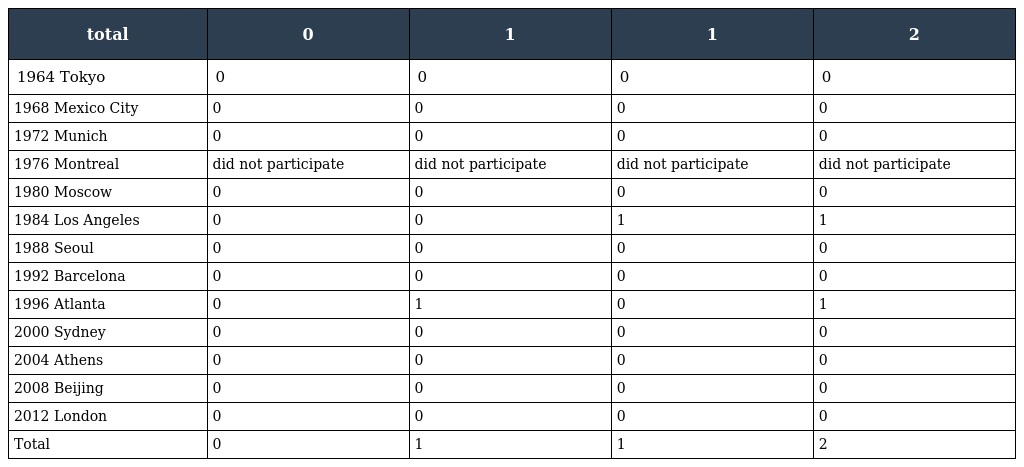
| total | 0 | 1 | 1 | 2 |
 | --- | --- | --- | --- | --- |
 | 1964 Tokyo | 0 | 0 | 0 | 0 |
 | 1968 Mexico City | 0 | 0 | 0 | 0 |
 | 1972 Munich | 0 | 0 | 0 | 0 |
 | 1976 Montreal | did not participate | did not participate | did not participate | did not participate |
 | 1980 Moscow | 0 | 0 | 0 | 0 |
 | 1984 Los Angeles | 0 | 0 | 1 | 1 |
 | 1988 Seoul | 0 | 0 | 0 | 0 |
 | 1992 Barcelona | 0 | 0 | 0 | 0 |
 | 1996 Atlanta | 0 | 1 | 0 | 1 |
 | 2000 Sydney | 0 | 0 | 0 | 0 |
 | 2004 Athens | 0 | 0 | 0 | 0 |
 | 2008 Beijing | 0 | 0 | 0 | 0 |
 | 2012 London | 0 | 0 | 0 | 0 |
 | Total | 0 | 1 | 1 | 2 |